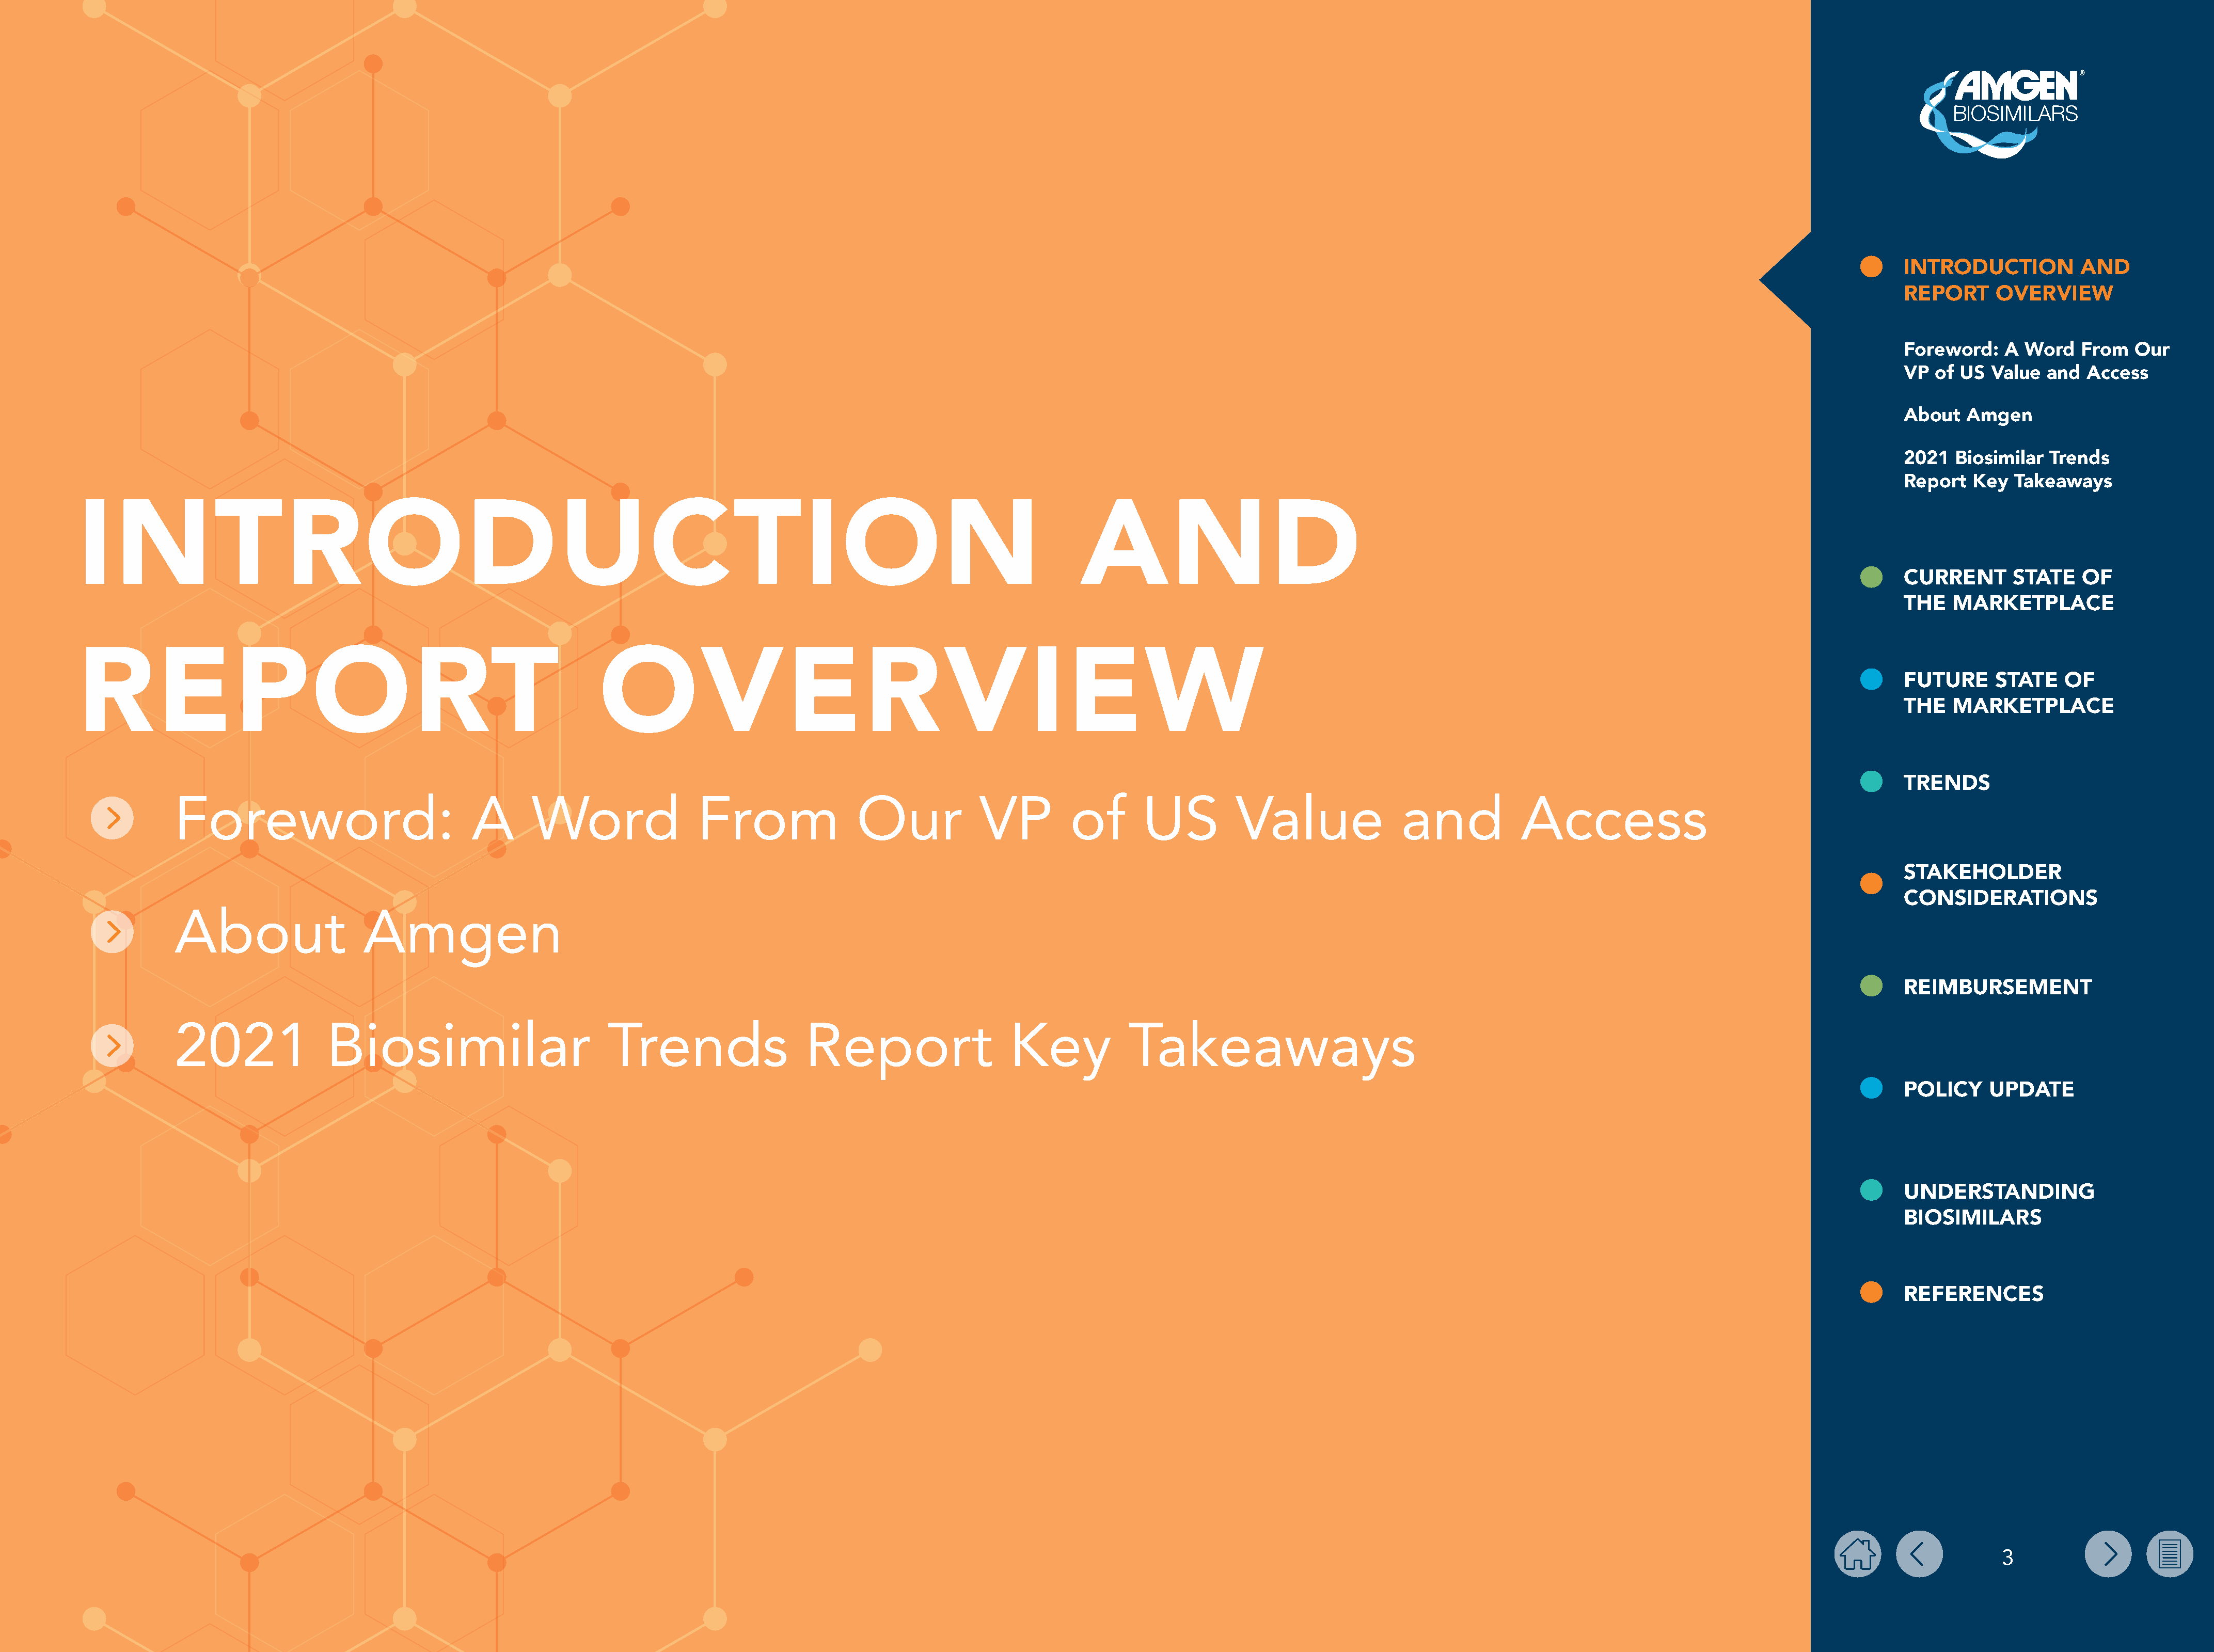
INTRODUCTION           AND
 REPORT      OVERVIEW
 Foreword:    A  Word   From   Our
 VP  of US  Value  and   Access
 About   Amgen
 2021   Biosimilar  Trends
 Report   Key  Takeaways
 INTRODUCTION                                                                                                                     AND
 CURRENT       STATE    OF
 THE   MARKETPLACE
 REPORT                                                             OVERVIEW
 FUTURE      STATE    OF
 THE   MARKETPLACE
 TRENDS
 Foreword:                             A       Word                 From                 Our             VP         of       US          Value                 and            Access
 STAKEHOLDER
 CONSIDERATIONS
 About                    Amgen
 REIMBURSEMENT
 2021                Biosimilar                          Trends                   Report                    Key             Takeaways
 POLICY     UPDATE
 UNDERSTANDING
 BIOSIMILARS
 REFERENCES
 3